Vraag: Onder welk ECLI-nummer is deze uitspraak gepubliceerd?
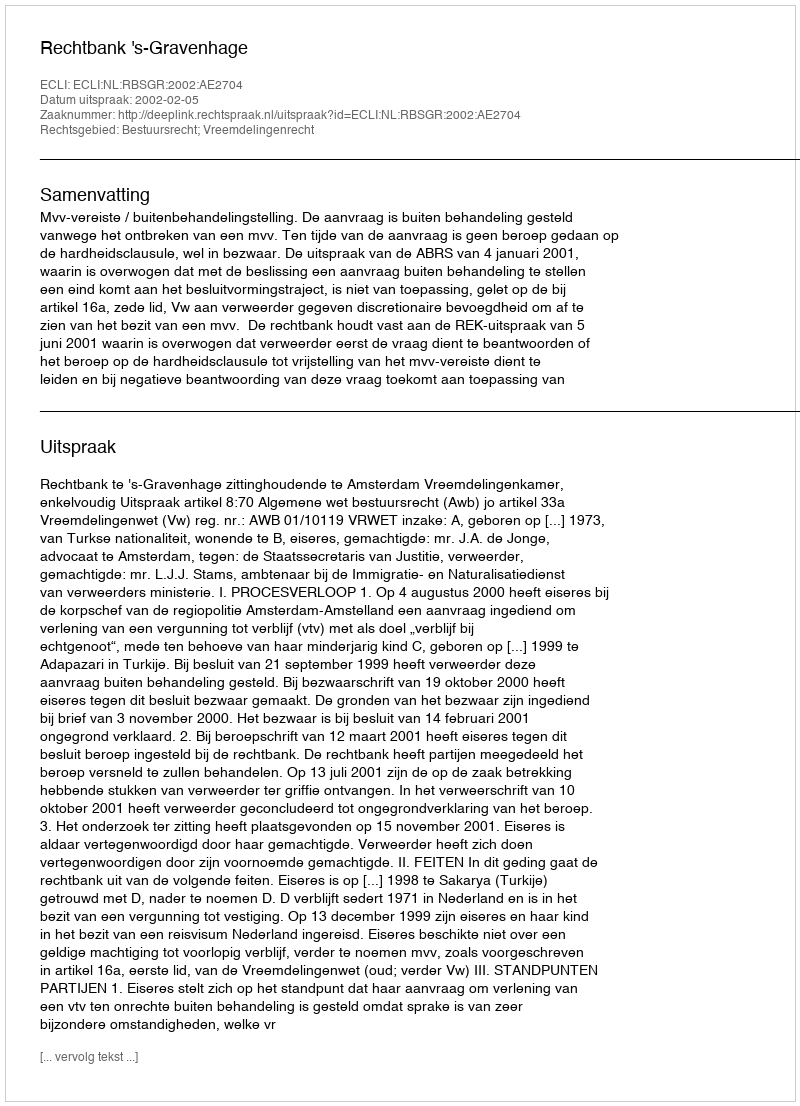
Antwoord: ECLI:NL:RBSGR:2002:AE2704